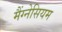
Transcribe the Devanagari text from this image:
मैंग्नेसियम